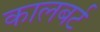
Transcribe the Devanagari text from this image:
कालबर्ट